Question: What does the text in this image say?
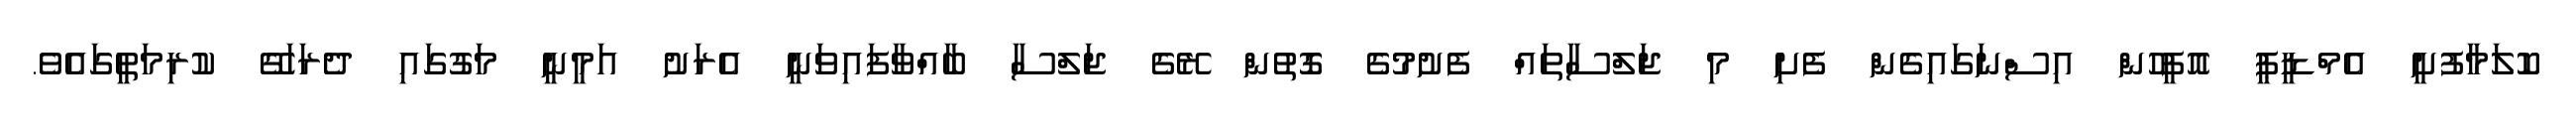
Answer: ކޮލަމާފުށީ އެމްޑީޕީ އޮފީހުން އިސްނަގައިގެން ފެށި މި ޖަލްސާތައް ފެށުމުގެ ގޮތުން ރޭގެ ޖަލްސާ ބާއްވާފައިވަނީ އެރަށު އަމީނީ މަގުގައި ދެރަހަގޭ ކުރިމަތީގައެވެ.